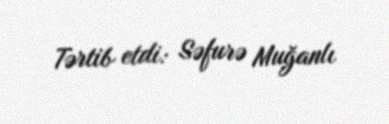
Tərtib etdi: Səfurə Muğanlı